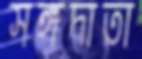
সঙ্গদাতা